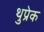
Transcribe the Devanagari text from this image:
थुप्रेक